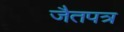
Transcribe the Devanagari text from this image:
जैतपत्र